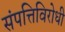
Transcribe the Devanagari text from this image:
संपत्तिविरोधी